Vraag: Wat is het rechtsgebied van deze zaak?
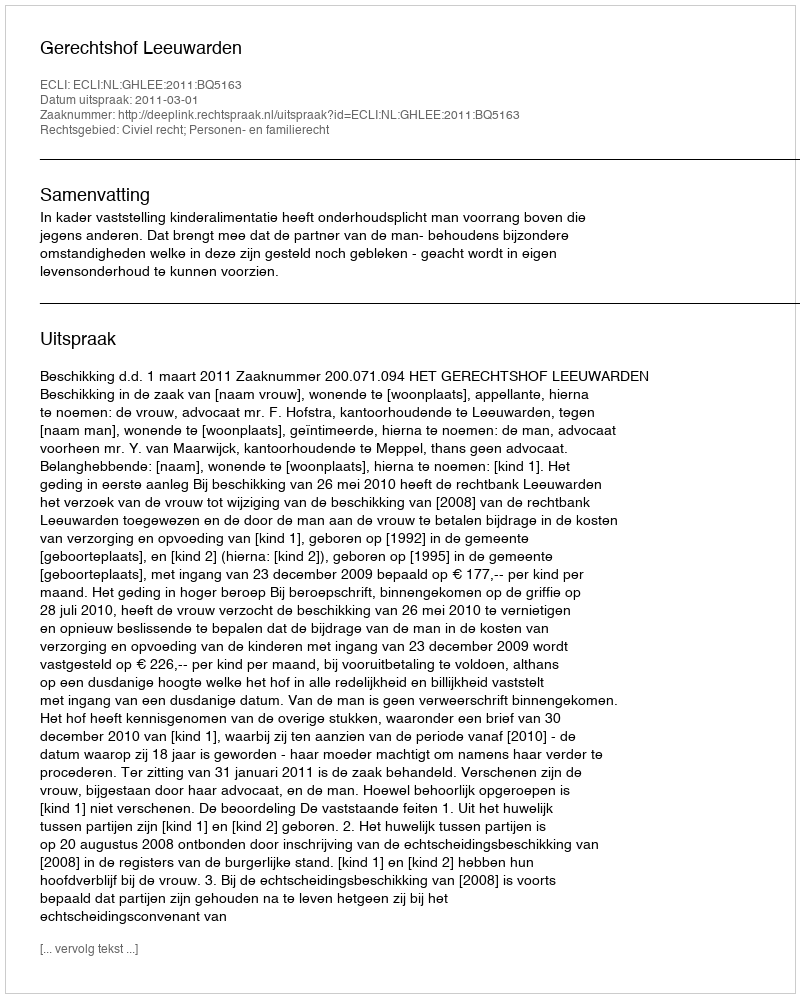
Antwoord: Civiel recht; Personen- en familierecht